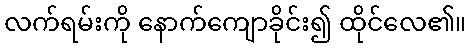
လက်ရမ်းကို နောက်ကျောခိုင်း၍ ထိုင်လေ၏။